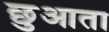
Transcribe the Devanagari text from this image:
छुआता